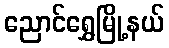
ညောင်ရွှေမြို့နယ်